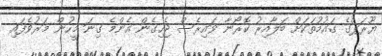
ޔޫރަޕްގެ ގައުމުތަކަށް ބަލާއިރު ކޮރޯނާ ވައިރެސް ޖެހިގެން އެންމެ ގިނަ މީހުން މަރުވެފައި